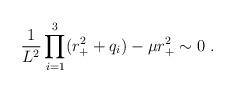
LaTeX: \begin{align*}{1\over L^2}\prod_{i=1}^3(r_+^2+q_i)-\mu r_+^2\sim 0\ .\end{align*}